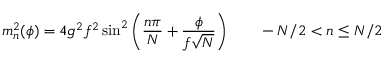
m _ { n } ^ { 2 } ( \phi ) = 4 g ^ { 2 } f ^ { 2 } \sin ^ { 2 } \left( \frac { n \pi } { N } + \frac { \phi } { f \sqrt { N } } \right) \qquad - N / 2 < n \leq N / 2